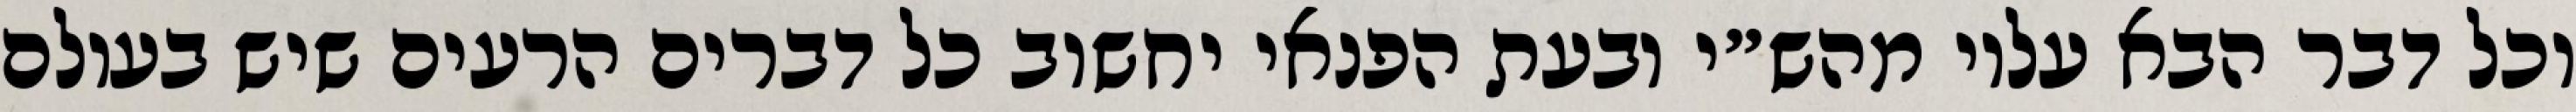
וכל דבר הבא עליו מהש״י ובעת הפנאי יחשוב כל דברים הרעים שיש בעולם